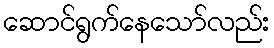
ဆောင်ရွက်နေသော်လည်း